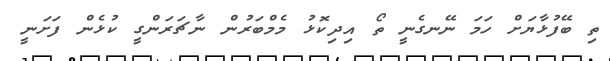
ތިި ބޭފުޅާޔަށް ހަމަ ނޭނގެނީ ތޯ އިދިކޮޅު މެމްބަރުން ނާޗަރަންގީ ކުޅެން ފަށަނީ